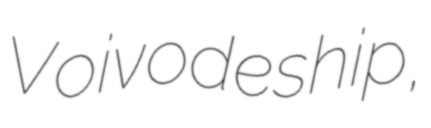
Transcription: Voivodeship,